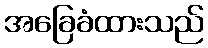
အခြေခံထားသည်